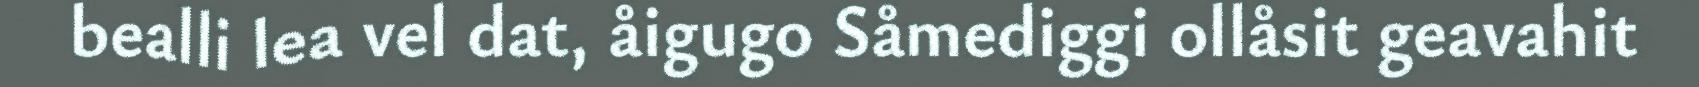
bealli lea vel dat, åigugo Såmediggi ollåsit geavahit